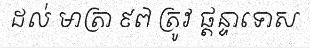
ដល់ មាត្រា ៩៧ ត្រូវ ផ្តន្ទាទោស